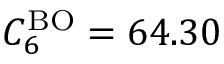
C _ { 6 } ^ { \mathrm { B O } } = 6 4 . 3 0